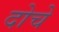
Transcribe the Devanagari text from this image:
दोचे